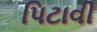
પિટાવી